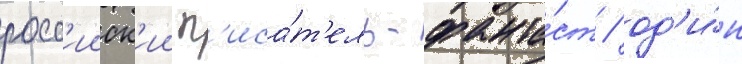
росс'ииск'ии п'иса́т'ель-фанта́ст / од'и́н